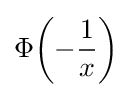
\Phi \!\left(-{\frac {1}{x}}\right)